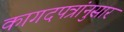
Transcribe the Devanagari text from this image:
कागदपत्रांनुसार